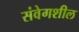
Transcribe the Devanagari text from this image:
संवेगशील